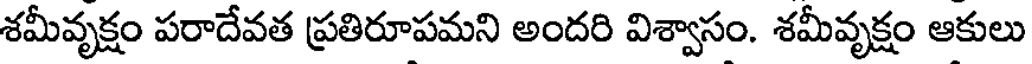
శమీవృక్షం పరాదేవత ప్రతిరూపమని అందరి విశ్వాసం. శమీవృక్షం ఆకులు